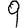
Digit: 9